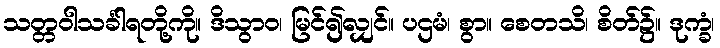
သတ္တဝါသင်္ခါရတို့ကို။ ဒိသွာဝ၊ မြင်၍လျှင်။ ပဌမံ၊ စွာ။ စေတသိ၊ စိတ်၌။ ဒုက္ခံ၊